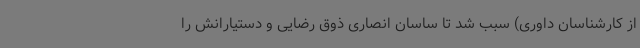
از کارشناسان داوری) سبب شد تا ساسان انصاری ذوق رضایی و دستیارانش را